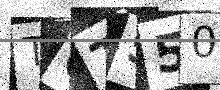
Text: TCTS50